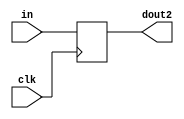
module dff(in,dout2,clk);
input[7:0] in;
input clk;
output[7:0] dout2;
reg[7:0] dout2;
always@ (posedge clk)
begin
dout2 <= in;
end
endmodule